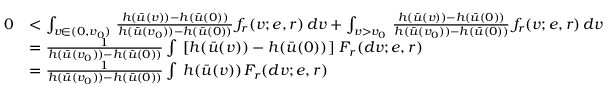
\begin{array} { r l } { 0 } & { < \int _ { v \in ( 0 , v _ { 0 } ) } \, \frac { h ( \bar { u } ( v ) ) - h ( \bar { u } ( 0 ) ) } { h ( \bar { u } ( v _ { 0 } ) ) - h ( \bar { u } ( 0 ) ) } \, f _ { r } ( v ; e , r ) \, d v + \int _ { v > v _ { 0 } } \, \frac { h ( \bar { u } ( v ) ) - h ( \bar { u } ( 0 ) ) } { h ( \bar { u } ( v _ { 0 } ) ) - h ( \bar { u } ( 0 ) ) } \, f _ { r } ( v ; e , r ) \, d v } \\ & { = \frac { 1 } { h ( \bar { u } ( v _ { 0 } ) ) - h ( \bar { u } ( 0 ) ) } \int \, \left[ h ( \bar { u } ( v ) ) - h ( \bar { u } ( 0 ) ) \right] \, F _ { r } ( d v ; e , r ) } \\ & { = \frac { 1 } { h ( \bar { u } ( v _ { 0 } ) ) - h ( \bar { u } ( 0 ) ) } \int \, h ( \bar { u } ( v ) ) \, F _ { r } ( d v ; e , r ) } \end{array}